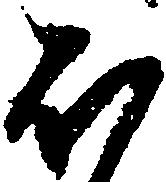
ほ